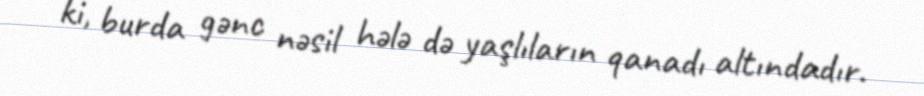
ki, burda gənc nəsil hələ də yaşlıların qanadı altındadır.